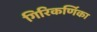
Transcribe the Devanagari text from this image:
गिरिकर्णिका